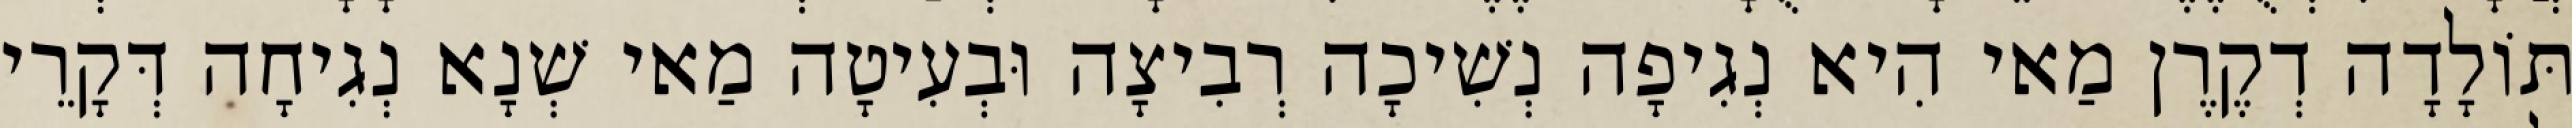
תּוֹלָדָה דְקֶרֶן מַאי הִיא נְגִיפָה נְשִׁיכָה רְבִיצָה וּבְעִיטָה מַאי שְׁנָא נְגִיחָה דְּקָרֵי